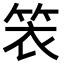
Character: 𬕁